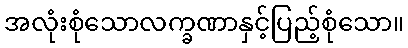
အလုံးစုံသောလက္ခဏာနှင့်ပြည့်စုံသော။